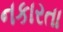
નકારતા